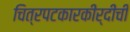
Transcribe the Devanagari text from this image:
चित्रपटकारकीर्दीची